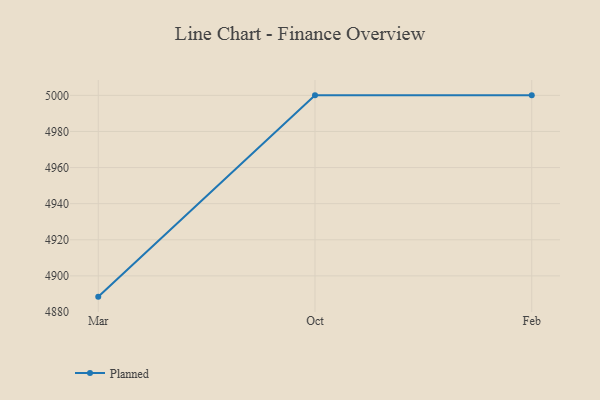
{"axis": {"x": "Month", "y": "Website Visitors"}, "legend": ["Planned"], "data": [{"x": "Mar", "y": 4888.5, "type": "Planned"}, {"x": "Oct", "y": 5000, "type": "Planned"}, {"x": "Feb", "y": 5000, "type": "Planned"}]}